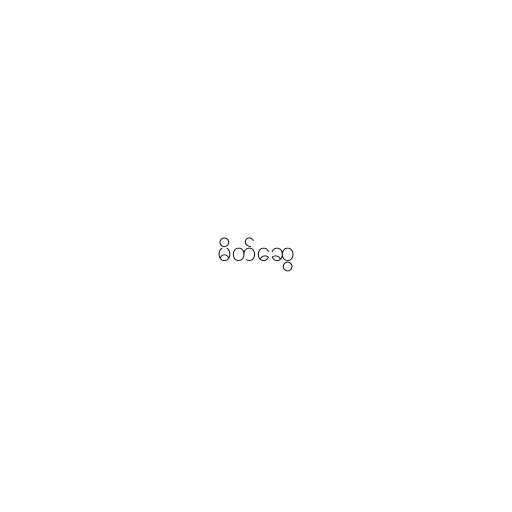
မိတ်ဆွေ